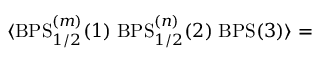
\langle \mathrm { B P S } _ { 1 / 2 } ^ { ( m ) } ( 1 ) \; \mathrm { B P S } _ { 1 / 2 } ^ { ( n ) } ( 2 ) \; \mathrm { B P S } ( 3 ) \rangle =